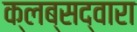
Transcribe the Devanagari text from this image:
क्लब्सद्वारा